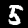
Label: 5